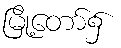
မြို့တော်၌